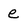
Character: e